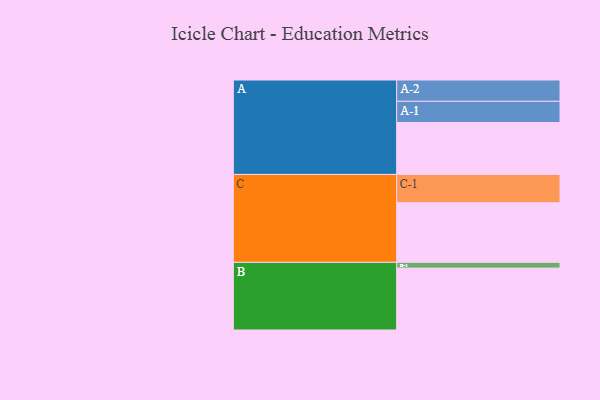
{"axis": {"x": "Segment", "y": "Value"}, "legend": ["", "A", "B", "C"], "data": [{"x": "A", "y": 500, "type": ""}, {"x": "B", "y": 596, "type": ""}, {"x": "C", "y": 574, "type": ""}, {"x": "A-1", "y": 204, "type": "A"}, {"x": "A-2", "y": 205, "type": "A"}, {"x": "B-1", "y": 55, "type": "B"}, {"x": "C-1", "y": 272, "type": "C"}]}